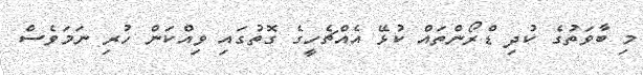
މި ބާވަތުގެ ކުދި ޑްރޯންތައް ކުޅޭ އެއްޗެހީގެ ގޮތުގައި ވިއްކަން ހުރި ނަމަވެސް